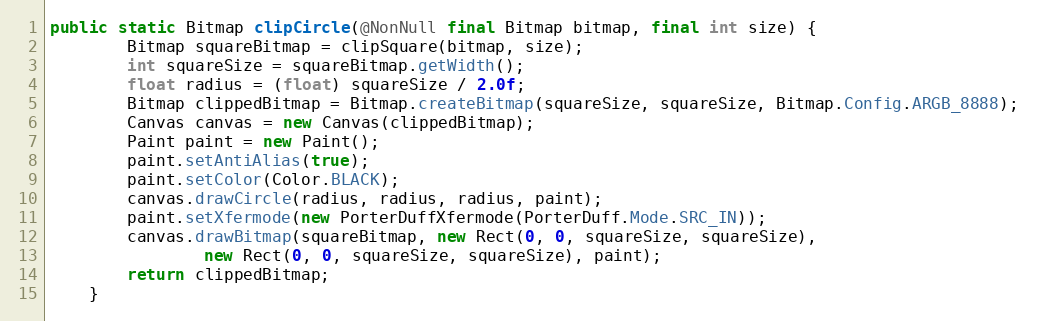
Language: Java
public static Bitmap clipCircle(@NonNull final Bitmap bitmap, final int size) {
        Bitmap squareBitmap = clipSquare(bitmap, size);
        int squareSize = squareBitmap.getWidth();
        float radius = (float) squareSize / 2.0f;
        Bitmap clippedBitmap = Bitmap.createBitmap(squareSize, squareSize, Bitmap.Config.ARGB_8888);
        Canvas canvas = new Canvas(clippedBitmap);
        Paint paint = new Paint();
        paint.setAntiAlias(true);
        paint.setColor(Color.BLACK);
        canvas.drawCircle(radius, radius, radius, paint);
        paint.setXfermode(new PorterDuffXfermode(PorterDuff.Mode.SRC_IN));
        canvas.drawBitmap(squareBitmap, new Rect(0, 0, squareSize, squareSize),
                new Rect(0, 0, squareSize, squareSize), paint);
        return clippedBitmap;
    }